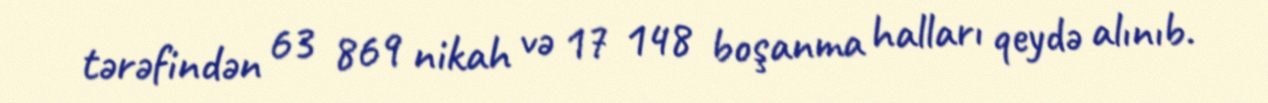
tərəfindən 63 869 nikah və 17 148 boşanma halları qeydə alınıb.